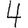
Digit: 4